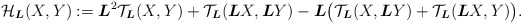
\begin{gather*} \mathcal{H}_{\boldsymbol{L}}(X,Y):=\boldsymbol{L}^2\mathcal{T}_{\boldsymbol{L}}(X,Y)+\mathcal{T}_{\boldsymbol{L}}(\boldsymbol{L}X,\boldsymbol{L}Y)-\boldsymbol{L}\big(\mathcal{T}_{\boldsymbol{L}}(X,\boldsymbol{L}Y)+\mathcal{T}_{\boldsymbol{L}}(\boldsymbol{L}X,Y)\big).\end{gather*}